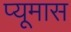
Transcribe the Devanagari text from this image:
प्यूमास